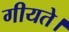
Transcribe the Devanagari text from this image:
गीयते।